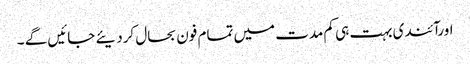
اورآئندی بہت ہی کم مدت میں تمام فون بحال کردیئے جائیں گے ۔